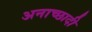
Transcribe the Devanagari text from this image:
अनाच्छादी